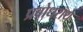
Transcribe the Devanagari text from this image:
प्रबोधराय